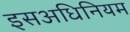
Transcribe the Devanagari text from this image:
इसअधिनियम